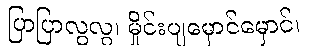
ပြာပြာလွလွ၊ မှိုင်းပျမှောင်မှောင်၊